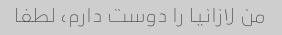
من لازانیا را دوست دارم، لطفا